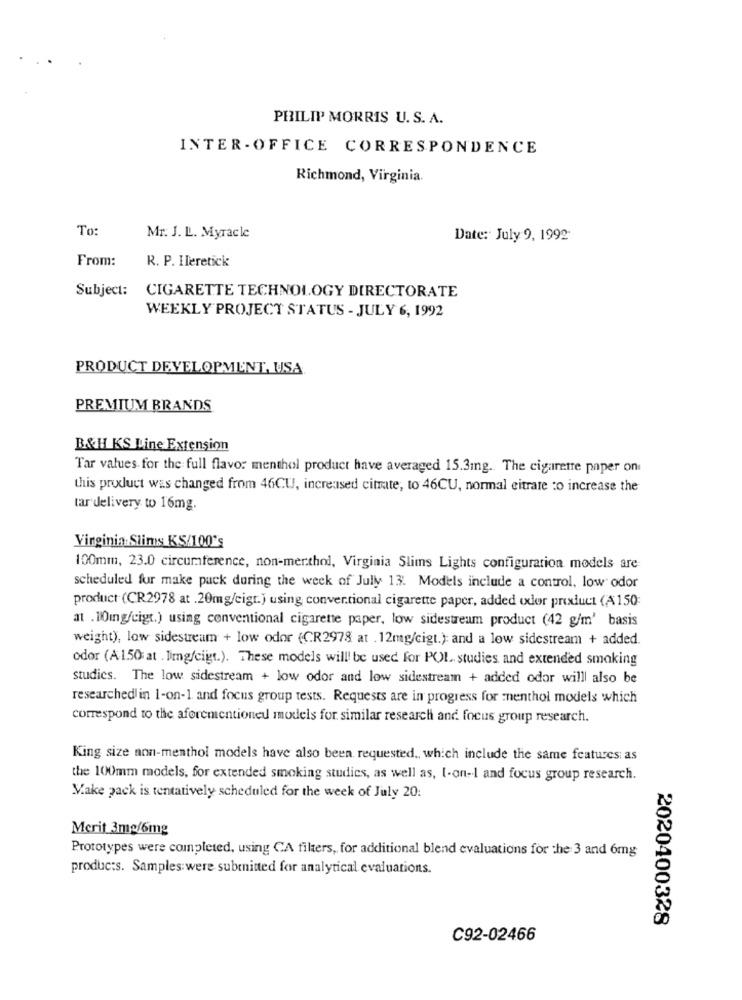
PHILIP MORRIS U.S. A.
INTER-OFFICE CORRESPONDENCE
Richmond, Virginia.
To:
Mr. J. L. Myracle
Date: July 9, 1992
From:
R. P. Ileretick
Subject:
CIGARETTE TECHNOLOGY DIRECTORATE
WEEKLY PROJECT STATUS - JULY 6, 1992
PRODUCT DEVELOPMENT, USA
PREMIUM BRANDS
B&H KS Line Extension
Tar values for the full flavor menthol product have averaged 15.3mg. The cigarette paper on
this product was changed from 46CU, increased citrate, to 46CU, normal citrate to increase the
tar delivery to 16mg.
Virginia: Slims KS/100's
100mm, 23.0 circumference, non-merthod, Virginia Slims Lights configuration models are
scheduled for make puck during the week of July 13. Models include a control. low odor
product (CR2978 at .20mg/cigr.) using conver.tional cigarette paper, added oder product (A150;
at .10mg/cigt.) using conventional cigarette paper, low sidestream product (42 g/m' basis
weight), low sidestream + low odor (CR2978 at .12mg/cigt.): and a low sidestream + added.
odor (A1.50: at . limg/cigt.). These models will be used for POL studies and extended smoking
studies. The low sidestream + low odor and low sidestream + added odor will also be
researchedlin 1-on-1. and focus group tests. Requests are in progress for menthol models which
correspond to the aforementioned models for similar research and focus group research.
King size non-menthol models have also been requested, which include the same features: as
the 100mm models, for extended smoking studies, as well as, [-on-1 and focus group research.
Make pack is tentatively scheduled for the week of July 20:
Merit 3mg/6mg
Prototypes were completed, using CA filters, for additional blend evaluations for the 3 and 6mg
produc:s. Samples were submitted for analytical evaluations.
2020400328
C92-02466